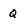
Character: Q